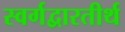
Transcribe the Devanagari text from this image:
स्वर्गद्वारतीर्थ